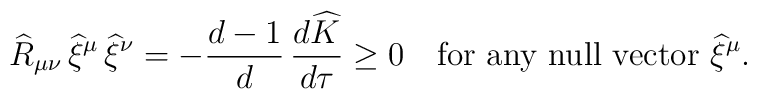
\widehat{R}_{\mu\nu}\,\widehat{\xi}^\mu\,\widehat{\xi}^\nu =-\frac{d-1}{d}\,\frac{d\widehat{K}}{d\tau}\ge 0~~~ {\rm for~any~null~vector}~\widehat{\xi}^\mu.